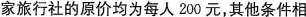
家旅行社的原价均为每人200元，其他条件相